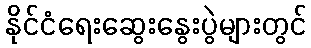
နိုင်ငံရေးဆွေးနွေးပွဲများတွင်